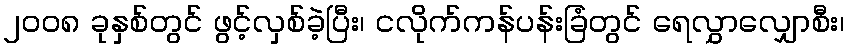
၂၀၀၈ ခုနှစ်တွင် ဖွင့်လှစ်ခဲ့ပြီး၊ ငလိုက်ကန်ပန်းခြံတွင် ရေလွှာလျှောစီး၊